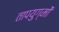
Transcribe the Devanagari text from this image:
तापयुग्मों